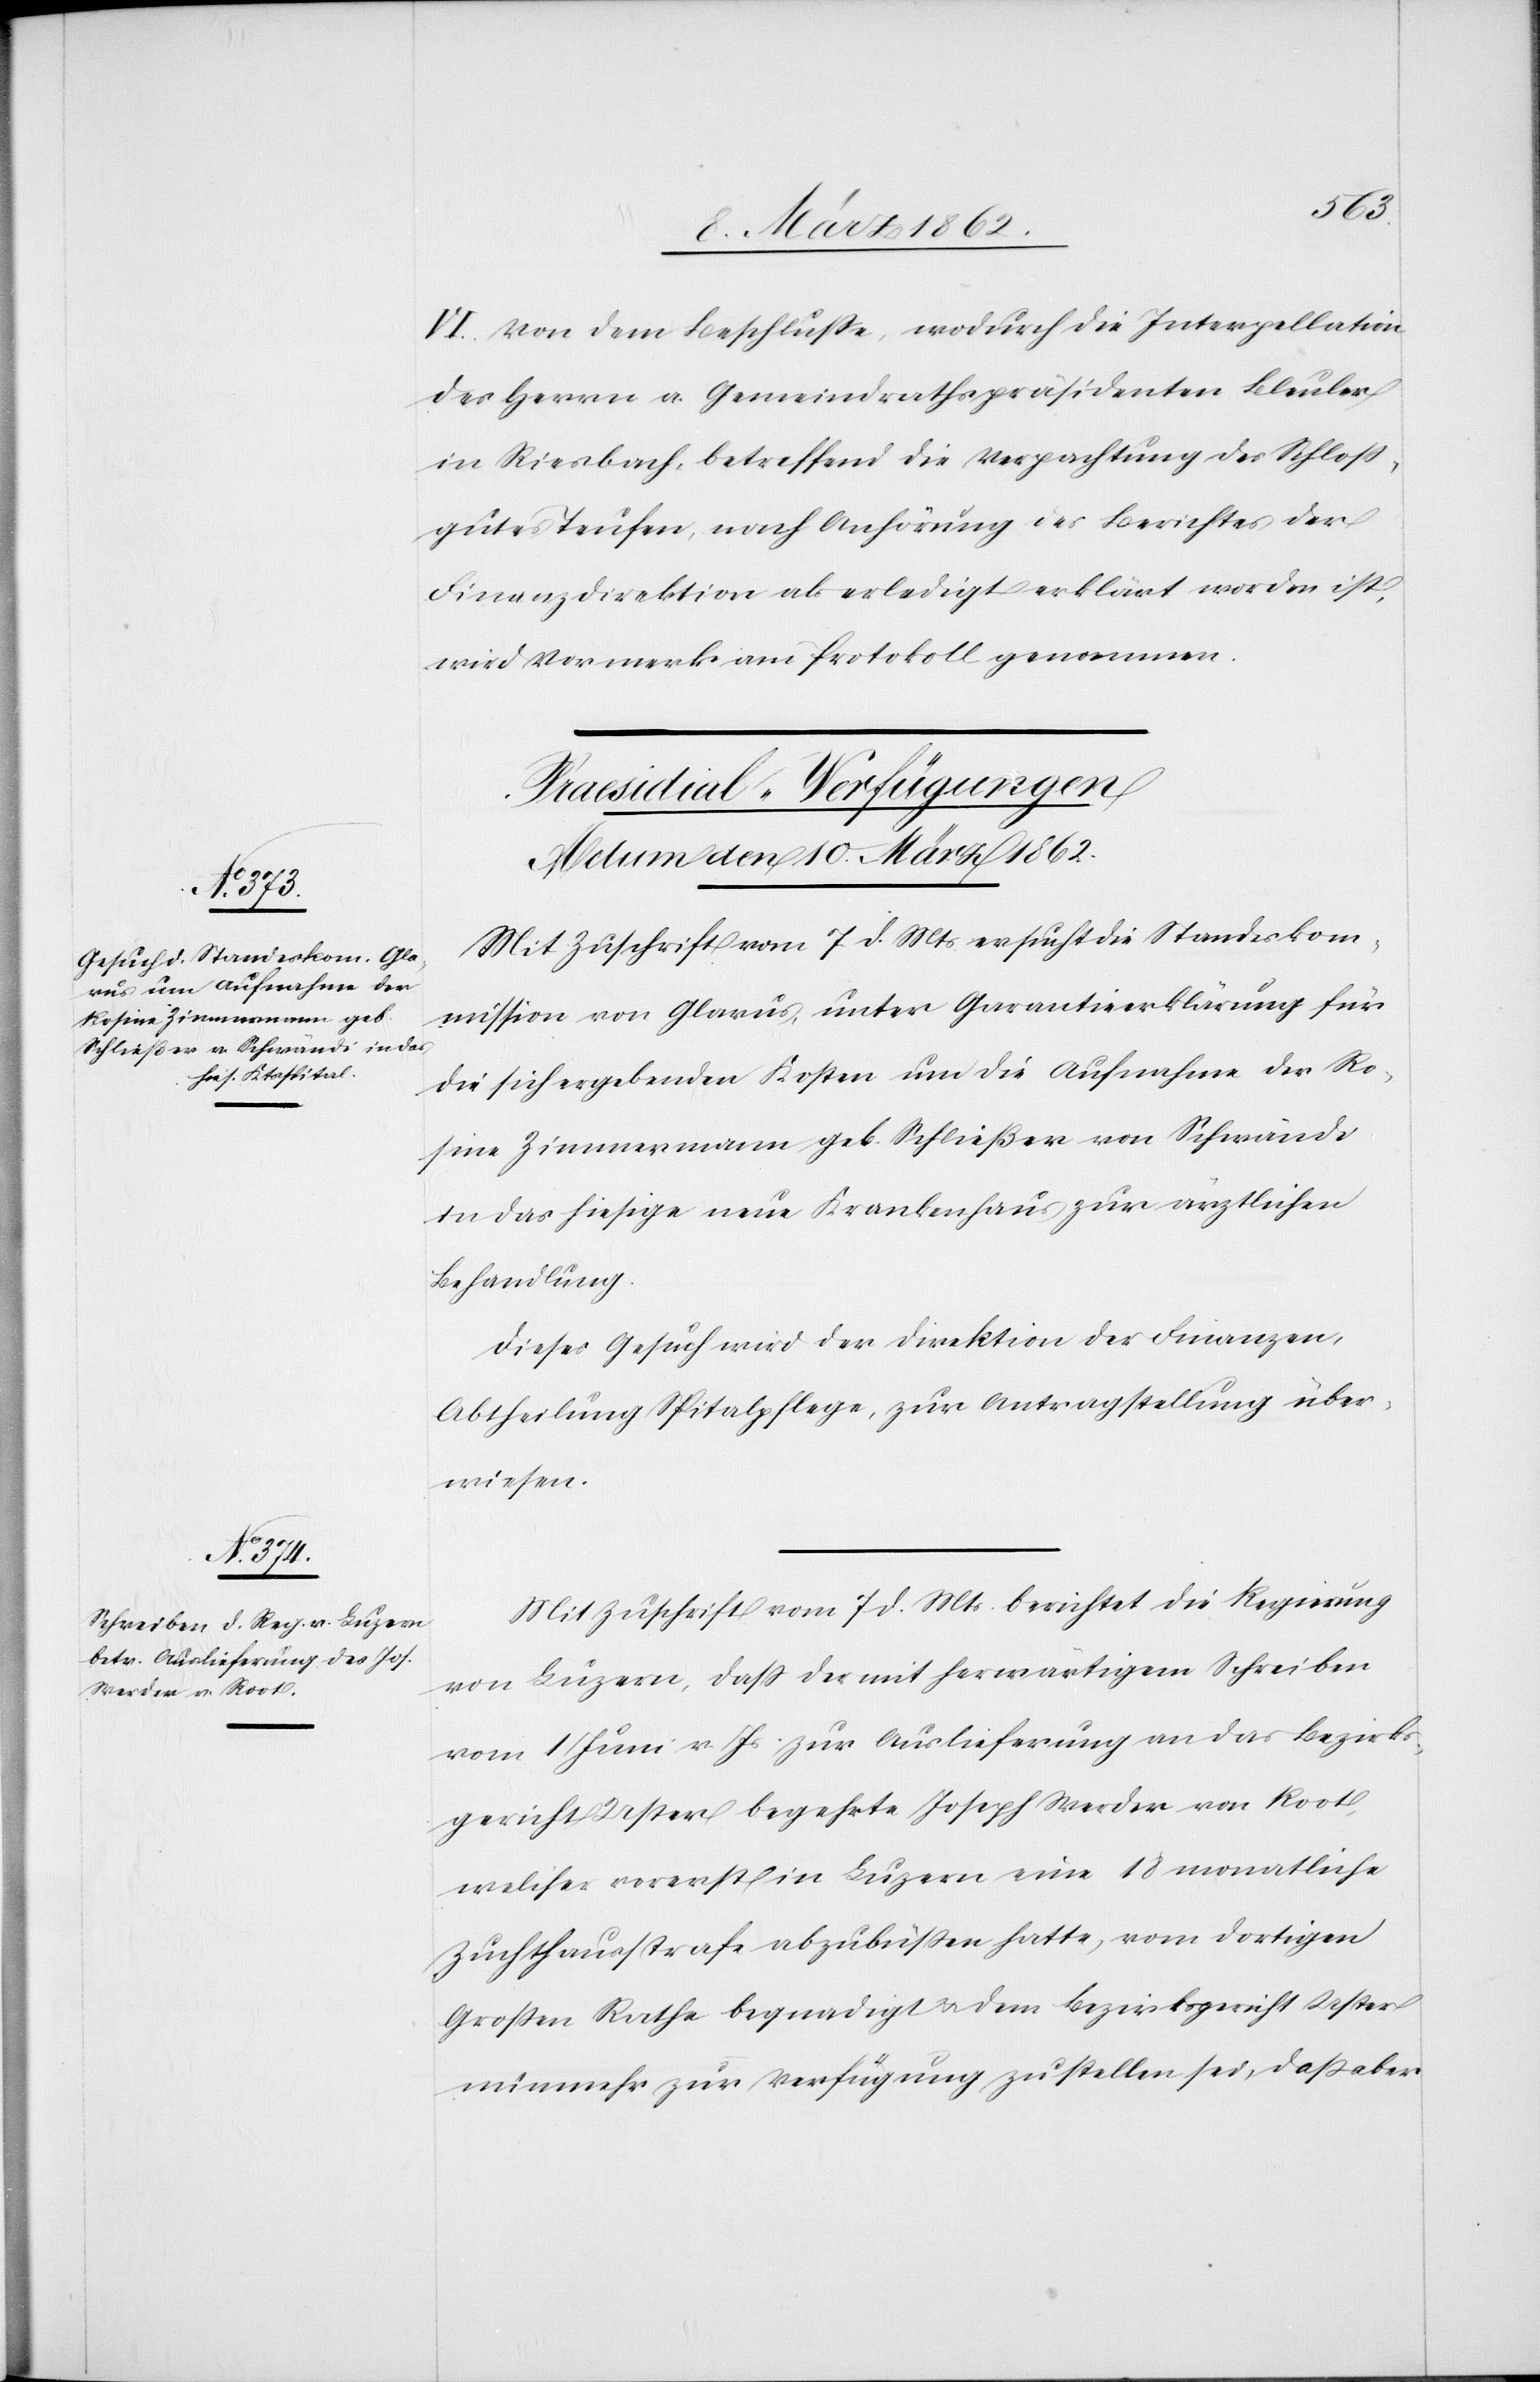
VI. Von dem Beschluße, wodurch die Interpellation
des Herrn a. Gemeindrathspräsidenten Bleuler
in Riesbach, betreffend die Verpachtung des Schloß¬
gutes Teufen, nach Anhörung des Berichtes der
Finanzdirektion als erledigt erklärt worden ist,
wird Vormerk am Protokoll genommen.
[Praesidial-Verfügungen
Actum den 10. März 1862.]
Mit Zuschrift vom 7 d. Mts ersucht die Standeskom¬
mission von Glarus, unter Garantieerklärung für
die sich ergebenden Kosten um die Aufnahme der Ro¬
sine Zimmermann geb. Schließer von Schwändi
in das hiesige neue Krankenhaus zur ärztlichen
Behandlung.
Dieses Gesuch wird der Direktion der Finanzen,
Abtheilung Spitalpflege, zur Antragstellung über¬
wiesen.
Mit Zuschrift vom 7 d. Mts. berichtet die Regierung
von Luzern, daß der mit herwärtigem Schreiben
vom 1 Juni v. Js. zur Auslieferung an das Bezirks¬
gericht Uster begehrte Joseph Werder von Root,
welcher vorerst in Luzern eine 18 monatliche
Zuchthausstrafe abzubüßen hatte, vom dortigen
Großen Rathe begnadigt & dem Bezirksgericht Uster
nunmehr zur Verfügung zu stellen sei, daß aber